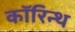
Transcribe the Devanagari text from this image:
कॉरिन्थ